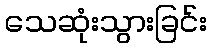
သေဆုံးသွားခြင်း